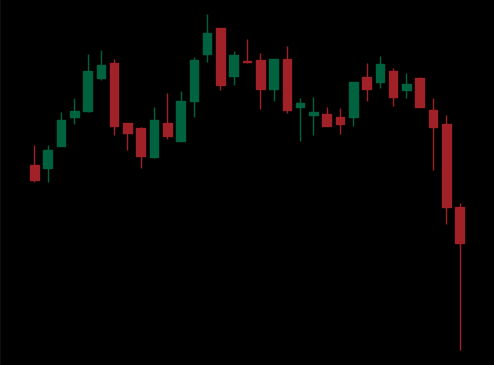
Pattern: head_shoulders